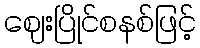
ဈေးပြိုင်စနစ်ဖြင့်